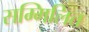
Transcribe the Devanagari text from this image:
सम्‍मिलित